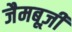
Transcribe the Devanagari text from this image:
जैमबूज़ी